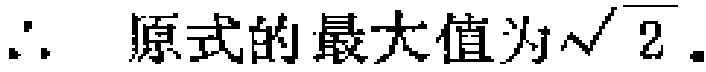
\(\therefore\) 原式的最大值为\(\sqrt{2}\)。